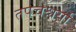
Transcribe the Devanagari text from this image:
तपचश्चर्या